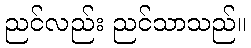
ညင်လည်း ညင်သာသည်။